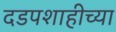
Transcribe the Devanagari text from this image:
दडपशाहीच्या